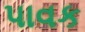
પાવક